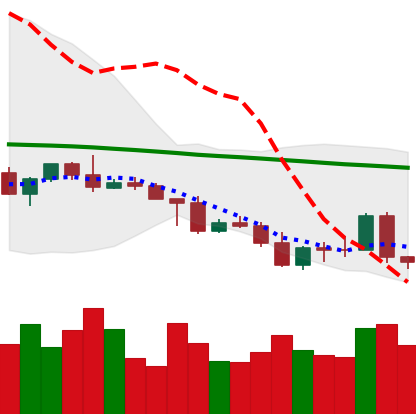
Ticker: NEO-USD
Chart end date: 2022-05-06
Forward return: -38.242%
Label: down_7plus